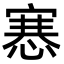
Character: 㥶